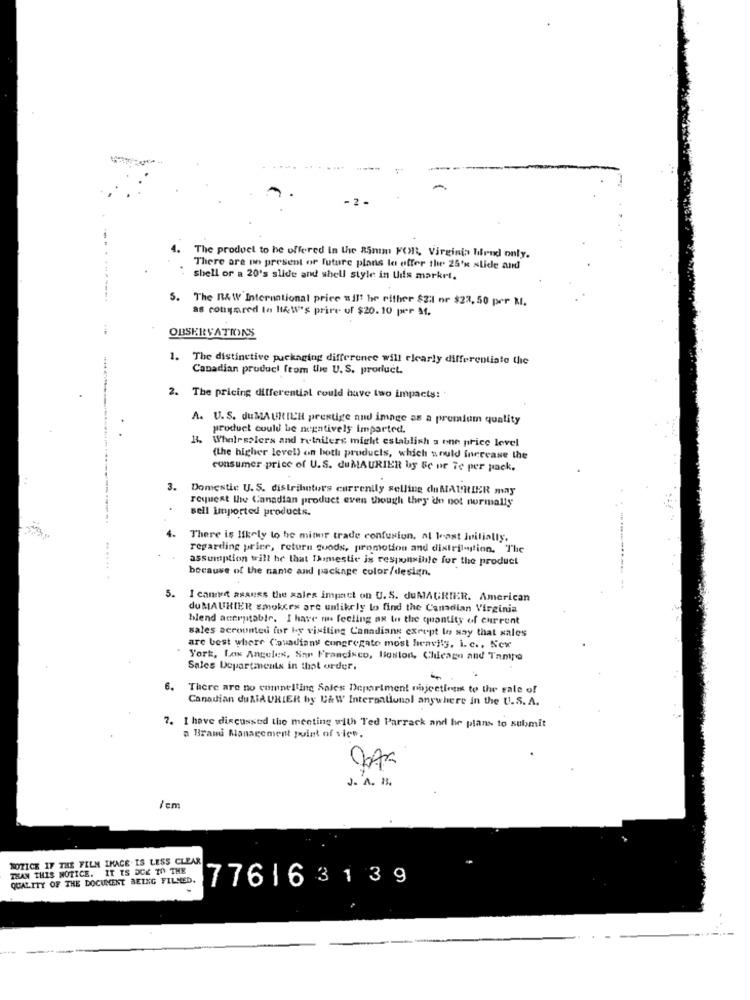
The product to be offered in the 85mm FOI, Virginia hlend only.
There are no present of future plans le offer the 25'x slide and
shell or a 20's slide and shell style in Uits market.
5. The RAW International price sil! he either $2:1 or $22, 50 per M.
as conymred le likeW's prire of $20.10 per Mf,
OBSERVATIONS
1.
The distinctive packaging difference will clearly differentiate the
Canadian product from the U.S. prorluct.
2. The pricing differential could have two impacts:
A. U.S. duMAURIER prestige and image as a premium quality
product could be negatively imparted.
1. Wholesalers and retailers might establish a one price level
(the higher level) on both products, which would increase the
consumer price of U.S. duMAURIER by Be or Te per pack.
3. Domestic U.S. distributors currently selling duMAURIER may
request the Canadian product even though they do not normally
sell imported products.
4.
There is likely to be minor trade confusion, al Want initially,
regarding price, return goods, promotion and dixieil-tion. The
assumption will be that Ihomestic is responsible for the product
because of the name and package color/design.
...... .
5.
I cannert assess the sales impact on U.S. duMAURIER. American
du MAURIER smokces are unlikely to find the Canadian Virginia
blend acceptable. I have mas feeling as tu the quantity of current
sales accounted for by visiting Canadians except to say that sales
are best where (ouadiany congregate most heavily, i. c ., New
York, Los Angeles, San Francisco, Boston, Chicago and Tampo
Sales Departments in that order,
6. There are no compelling Sales Department nojecting to the sale of
Canadian duZiAURIER by C&W International anywhere in the U.S. A.
I have discussed the meeting with Ted Parrack and he plans to submit
a Brand Management point of view.
J. A. 1.
/em
NOTICE IF THE FILM IMAGE IS LESS CLEAR
THAN THIS NOTICE. IT TS DCE TO THE
QUALITY OF THE DOCUMENT BEING FILMED.
776163139